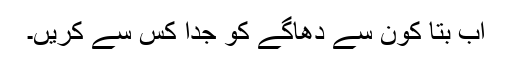
اب بتا کون سے دھاگے کو جدا کس سے کریں۔